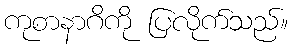
ကုစာနာဂိကို ပြလိုက်သည်။